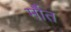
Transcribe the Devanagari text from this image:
र्मौत